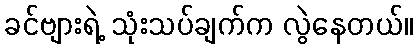
ခင်ဗျားရဲ့ သုံးသပ်ချက်က လွဲနေတယ်။